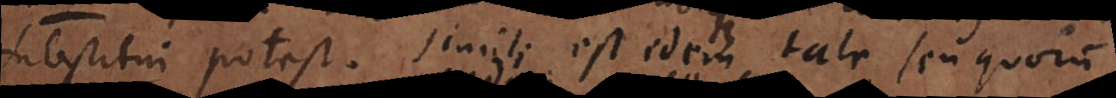
substitui potest. Simile est idem tale, seu quorum